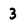
Character: 3